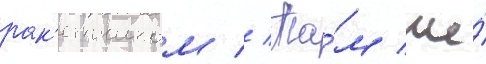
рак'етчиком // Та́м же́